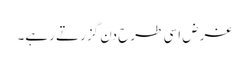
غرض اسی طرح دن گزرتے رہے۔